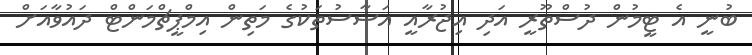
ބުނީ އެ ޓީމުން ދުސްތޫރީ އަދި އިޖުރާއީ އަސާސުތަކުގެ މަތިން އިމްޕީޗްމަންޓް ދައުވާއަށް